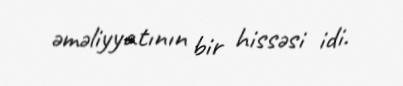
əməliyyatının bir hissəsi idi.